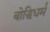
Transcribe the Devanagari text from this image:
बोद्धिधर्म